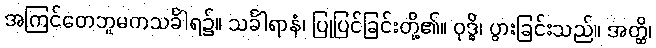
အကြင်တေဘူမကသင်္ခါရ၌။ သင်္ခါရာနံ၊ ပြုပြင်ခြင်းတို့၏။ ဝုဒ္ဓိ၊ ပွားခြင်းသည်။ အတ္ထိ၊